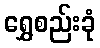
ရွှေစည်းခုံ